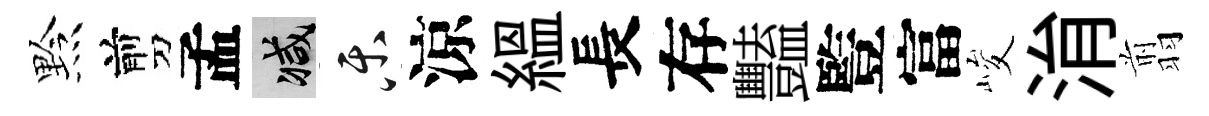
黔剪孟减乐涼緼長存豔䜿富峻㳙翦